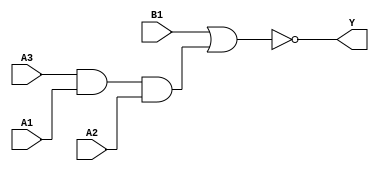
module sky130_fd_sc_hd__a31oi_6 (
    Y ,
    A1,
    A2,
    A3,
    B1
);
    output Y ;
    input  A1;
    input  A2;
    input  A3;
    input  B1;
    wire and0_out  ;
    wire nor0_out_Y;
    and and0 (and0_out  , A3, A1, A2     );
    nor nor0 (nor0_out_Y, B1, and0_out   );
    buf buf0 (Y         , nor0_out_Y     );
endmodule